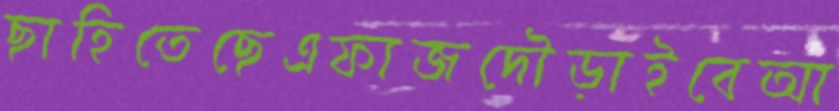
ছাহিতেছেএফাজদৌড়াইবেআ